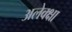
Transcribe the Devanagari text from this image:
अलेक्क्षा